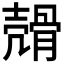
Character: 𩩬